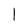
Character: 1